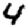
Digit: 4